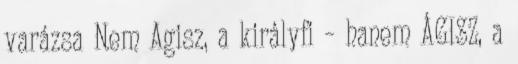
varázsa Nem Agisz, a királyfi – hanem ÁGISZ, a